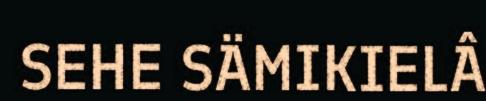
SEHE SÄMIKIELÂ